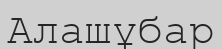
Алашұбар